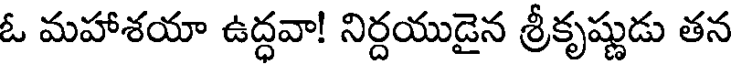
ఓ మహాశయా ఉద్ధవా! నిర్దయుడైన శ్రీకృష్ణుడు తన